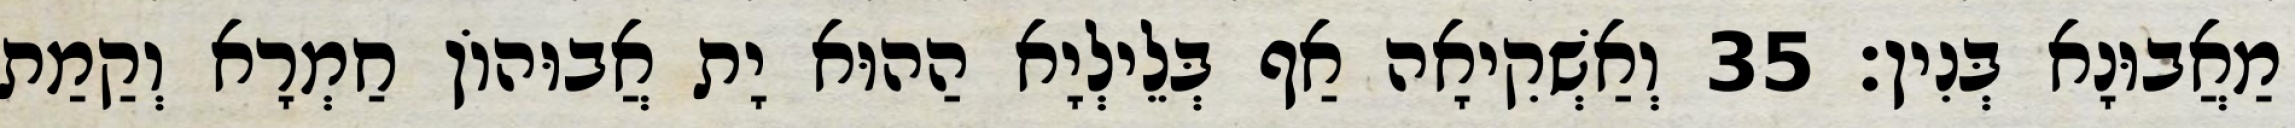
מַאֲבוּנָא בְּנִין׃ 35 וְאַשְׁקִיאָה אַף בְּלֵילְיָא הַהוּא יָת אֲבוּהוֹן חַמְרָא וְקַמַת